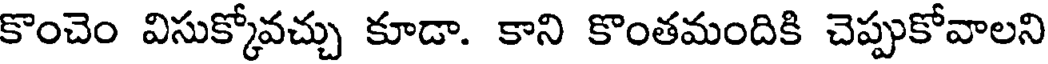
కొంచెం విసుక్కోవచ్చు కూడా. కాని కొంతమందికి చెప్పుకోవాలని